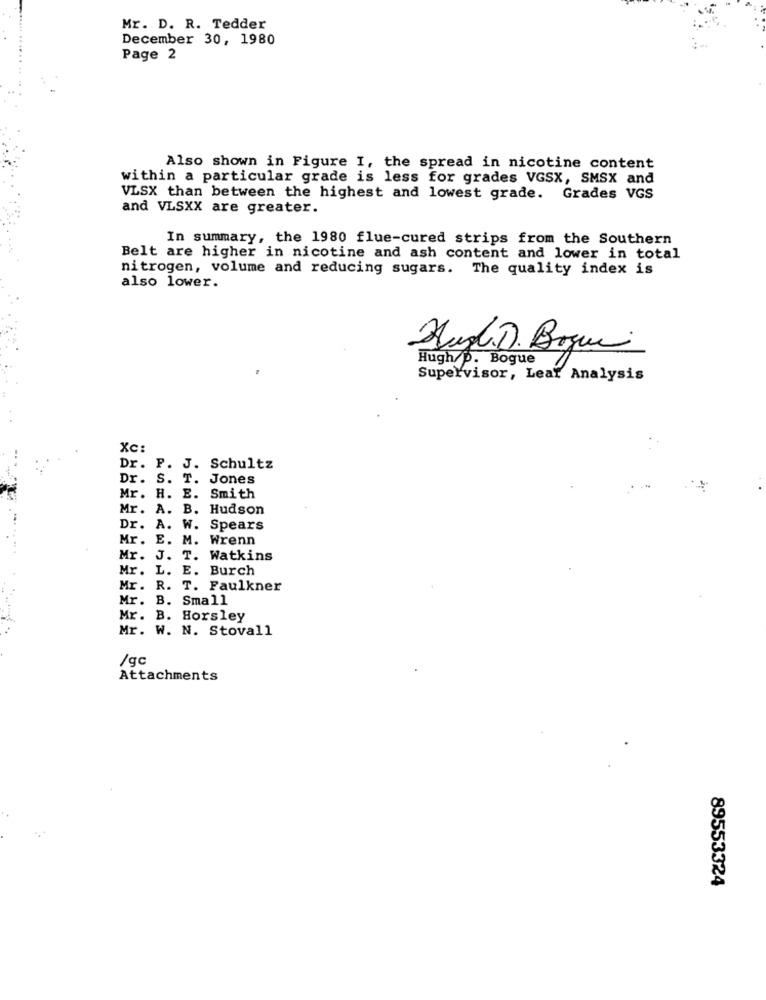
Mr. D. R. Tedder
December 30, 1980
Page 2
Also shown in Figure I, the spread in nicotine content
within a particular grade is less for grades VGSX, SMSX and
VLSX than between the highest and lowest grade. Grades VGS
and VLSXX are greater.
In summary, the 1980 flue-cured strips from the Southern
Belt are higher in nicotine and ash content and lower in total
nitrogen, volume and reducing sugars. The quality index is
also lower.
Hugh. D. Bogue
Hugh/p. Bogue
Supervisor, Lear Analysis
Xc:
Dr. P. J. Schultz
Dr. S. T. Jones
Mr. H. E. Smith
Mr. A. B. Hudson
Dr. A. W. Spears
Mr. E. M. Wrenn
Mr. J. T. Watkins
Mr. L. E. Burch
Mr. R. T. Faulkner
Mr. B. Small
Mr. B. Horsley
Mr. W. N. Stovall
/qc
Attachments
89553324